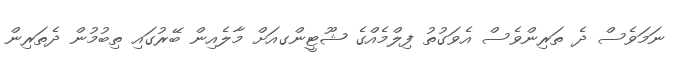
ނަމަވެސް ދެ ތަރިންވެސް އެވަގުތު ފިލްމެއްގެ ޝޫޓީންގއަށް މާލެއިން ބޭރުގައި ތިބުމުން ދެތަރިން